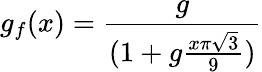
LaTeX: g_{f}(x)={\frac{g}{(1+g{\frac{x\pi\sqrt{3}}{9}})}}